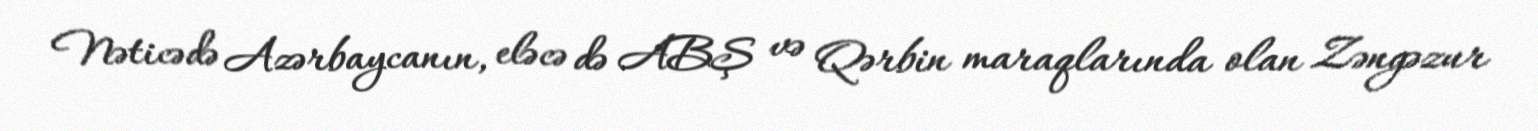
Nəticədə Azərbaycanın, eləcə də ABŞ və Qərbin maraqlarında olan Zəngəzur